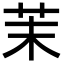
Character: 茉